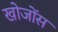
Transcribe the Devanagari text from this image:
खोजोंस